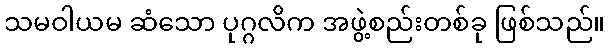
သမဝါယမ ဆံသော ပုဂ္ဂလိက အဖွဲ့စည်းတစ်ခု ဖြစ်သည်။